Civil Veterinary Department. United Provinces 1932-42 - 1932-1942
Year: 1932
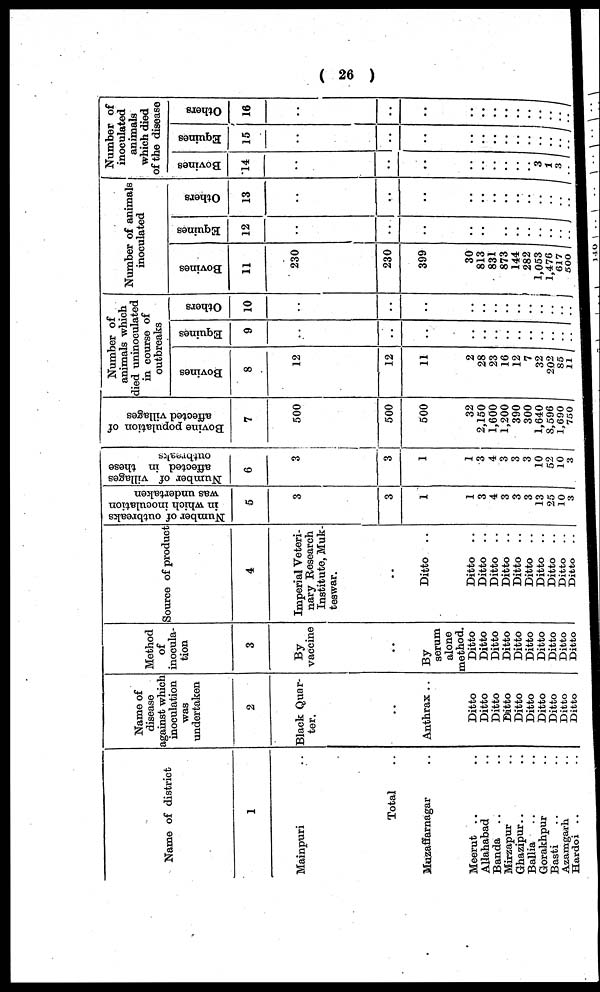
(26)
Name of district
1
Mainpuri ..
Total ..
Muzaffarnagar ..
Meerut .. ..
Allahabad ..
Banda .. ..
Mirzapur ..
Ghazipur.. ..
Ballia .. ..
Gorakhpur ..
Ballia .. ..
Azamgarh ..
Hardoi .. ..
Name of
disease
against which
inoculation
was
undertaken
2
Black Quar-ter.
..
Anthrax ..
Ditto
Ditto
Ditto
Ditto
Ditto
Ditto
Ditto
Ditto
Ditto
Ditto
Method
of
inocula-
tion
3
By
vaccine
..
By
serum
alone
method.
Ditto
Ditto
Ditto
Ditto
Ditto
Ditto
Ditto
Ditto
Ditto
Ditto
Source of product
4
Imperial Veteri-
nary Research
Institute, Muk¬
teswar.
..
Ditto ..
Ditto ..
Ditto ..
Ditto ..
Ditto ..
Ditto ..
Ditto ..
Ditto ..
Ditto ..
Ditto ..
Ditto ..
Number of outbreaks
in which inoculation
was undertaken
5
3
3
1
1
3
4
3
3
3
13
25
10
3
Number of villages
affected in these
outbreaks
6
3
3
1
1
3
4
3
3
3
10
52
10
3
Bovine population of
affected villages
7
500
500
500
32
2,150
1,600
1,200
390
300
1,640
8,596
1,690
750
Number of
animals which
died uninoculated
in course of
outbreaks
Bovines
8
12
12
11
2
28
23
16
12
7
32
202
85
11
Equines
9
..
..
..
..
..
..
..
..
..
..
..
..
Others
10
..
..
..
..
..
..
..
..
..
..
..
..
Number of animals
inoculated
Bovines
11
230
230
399
30
813
831
873
144
282
1,053
1,476
617
500
Equines
12
..
..
..
..
..
..
..
..
..
..
..
..
Others
13
..
..
..
..
..
..
..
..
..
..
..
..
Number of
inoculated
animals
which died
of the disease
Bovines
14
..
..
..
..
..
..
..
..
.. 3
1
3
..
Equines
15
..
..
..
..
..
..
..
..
..
..
..
..
Others
16
..
..
..
..
..
..
..
..
..
..
..
..